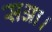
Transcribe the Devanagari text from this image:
सआ।